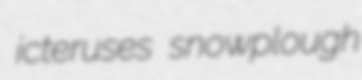
icteruses snowplough